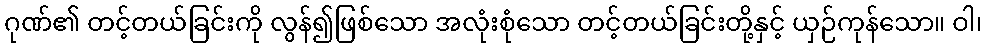
ဂုဏ်၏ တင့်တယ်ခြင်းကို လွန်၍ဖြစ်သော အလုံးစုံသော တင့်တယ်ခြင်းတို့နှင့် ယှဉ်ကုန်သော။ ဝါ၊